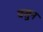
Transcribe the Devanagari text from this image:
वसुन